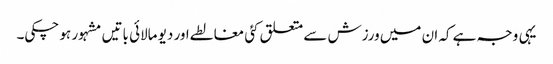
یہی وجہ ہے کہ ان میں ورزش سے متعلق کئی مغالطے اور دیو مالائی باتیں مشہور ہو چکی۔